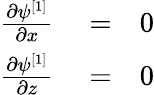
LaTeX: \begin{array}{rlr}{\frac{\partial\psi^{[1]}}{\partial x}}&{{}=}&{0}\\ {\frac{\partial\psi^{[1]}}{\partial z}}&{{}=}&{0}\end{array}